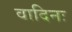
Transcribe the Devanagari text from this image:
वादिनः